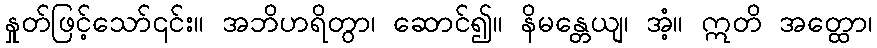
နှုတ်ဖြင့်သော်၎င်း။ အဘိဟရိတွာ၊ ဆောင်၍။ နိမန္တေယျ၊ အံ့။ ဣတိ အတ္ထော၊